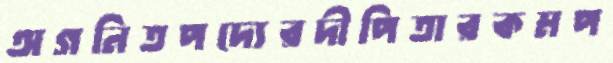
অগনিতপদ্যেরদীপিতারকমপ